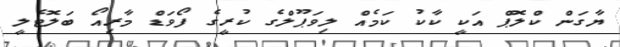
ޔާގަން ކްލޮޕް އަކީ ކާކު ކަމެއް ލިވަޕޫލްގެ ކުރީގެ ފޯވަޑް މާރިއޯ ބަލޮޓެލީ